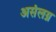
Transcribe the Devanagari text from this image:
असंलग्न